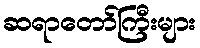
ဆရာတော်ကြီးများ